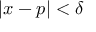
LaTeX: | x - p | < \delta